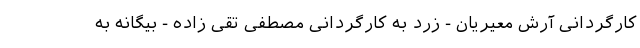
کارگردانی آرش معیریان - زرد به کارگردانی مصطفی تقی زاده - بیگانه به